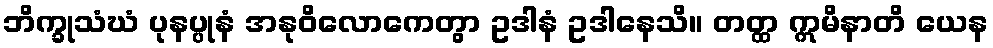
ဘိက္ခုသံဃံ ပုနပ္ပုနံ အနုဝိလောကေတွာ ဥဒါနံ ဥဒါနေသိ။ တတ္ထ ဣမိနာတိ ယေန